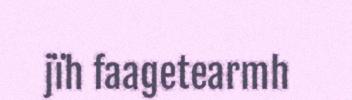
jïh faagetearmh